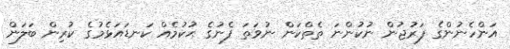
އަންހެނުންގެ ފަރުޖުން ނުކުންނަ ތެތްކަން ނުވަތަ ފެނުގެ ޙުކުމެއް ކަނޑައަޅެމުގެ ކުރިން ބަލަން